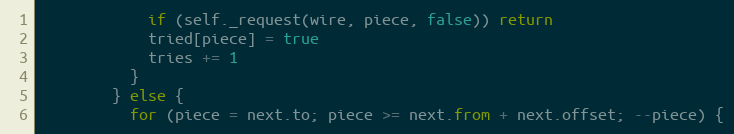
Language: JavaScript
            if (self._request(wire, piece, false)) return
            tried[piece] = true
            tries += 1
          }
        } else {
          for (piece = next.to; piece >= next.from + next.offset; --piece) {